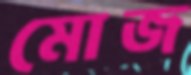
মোজ